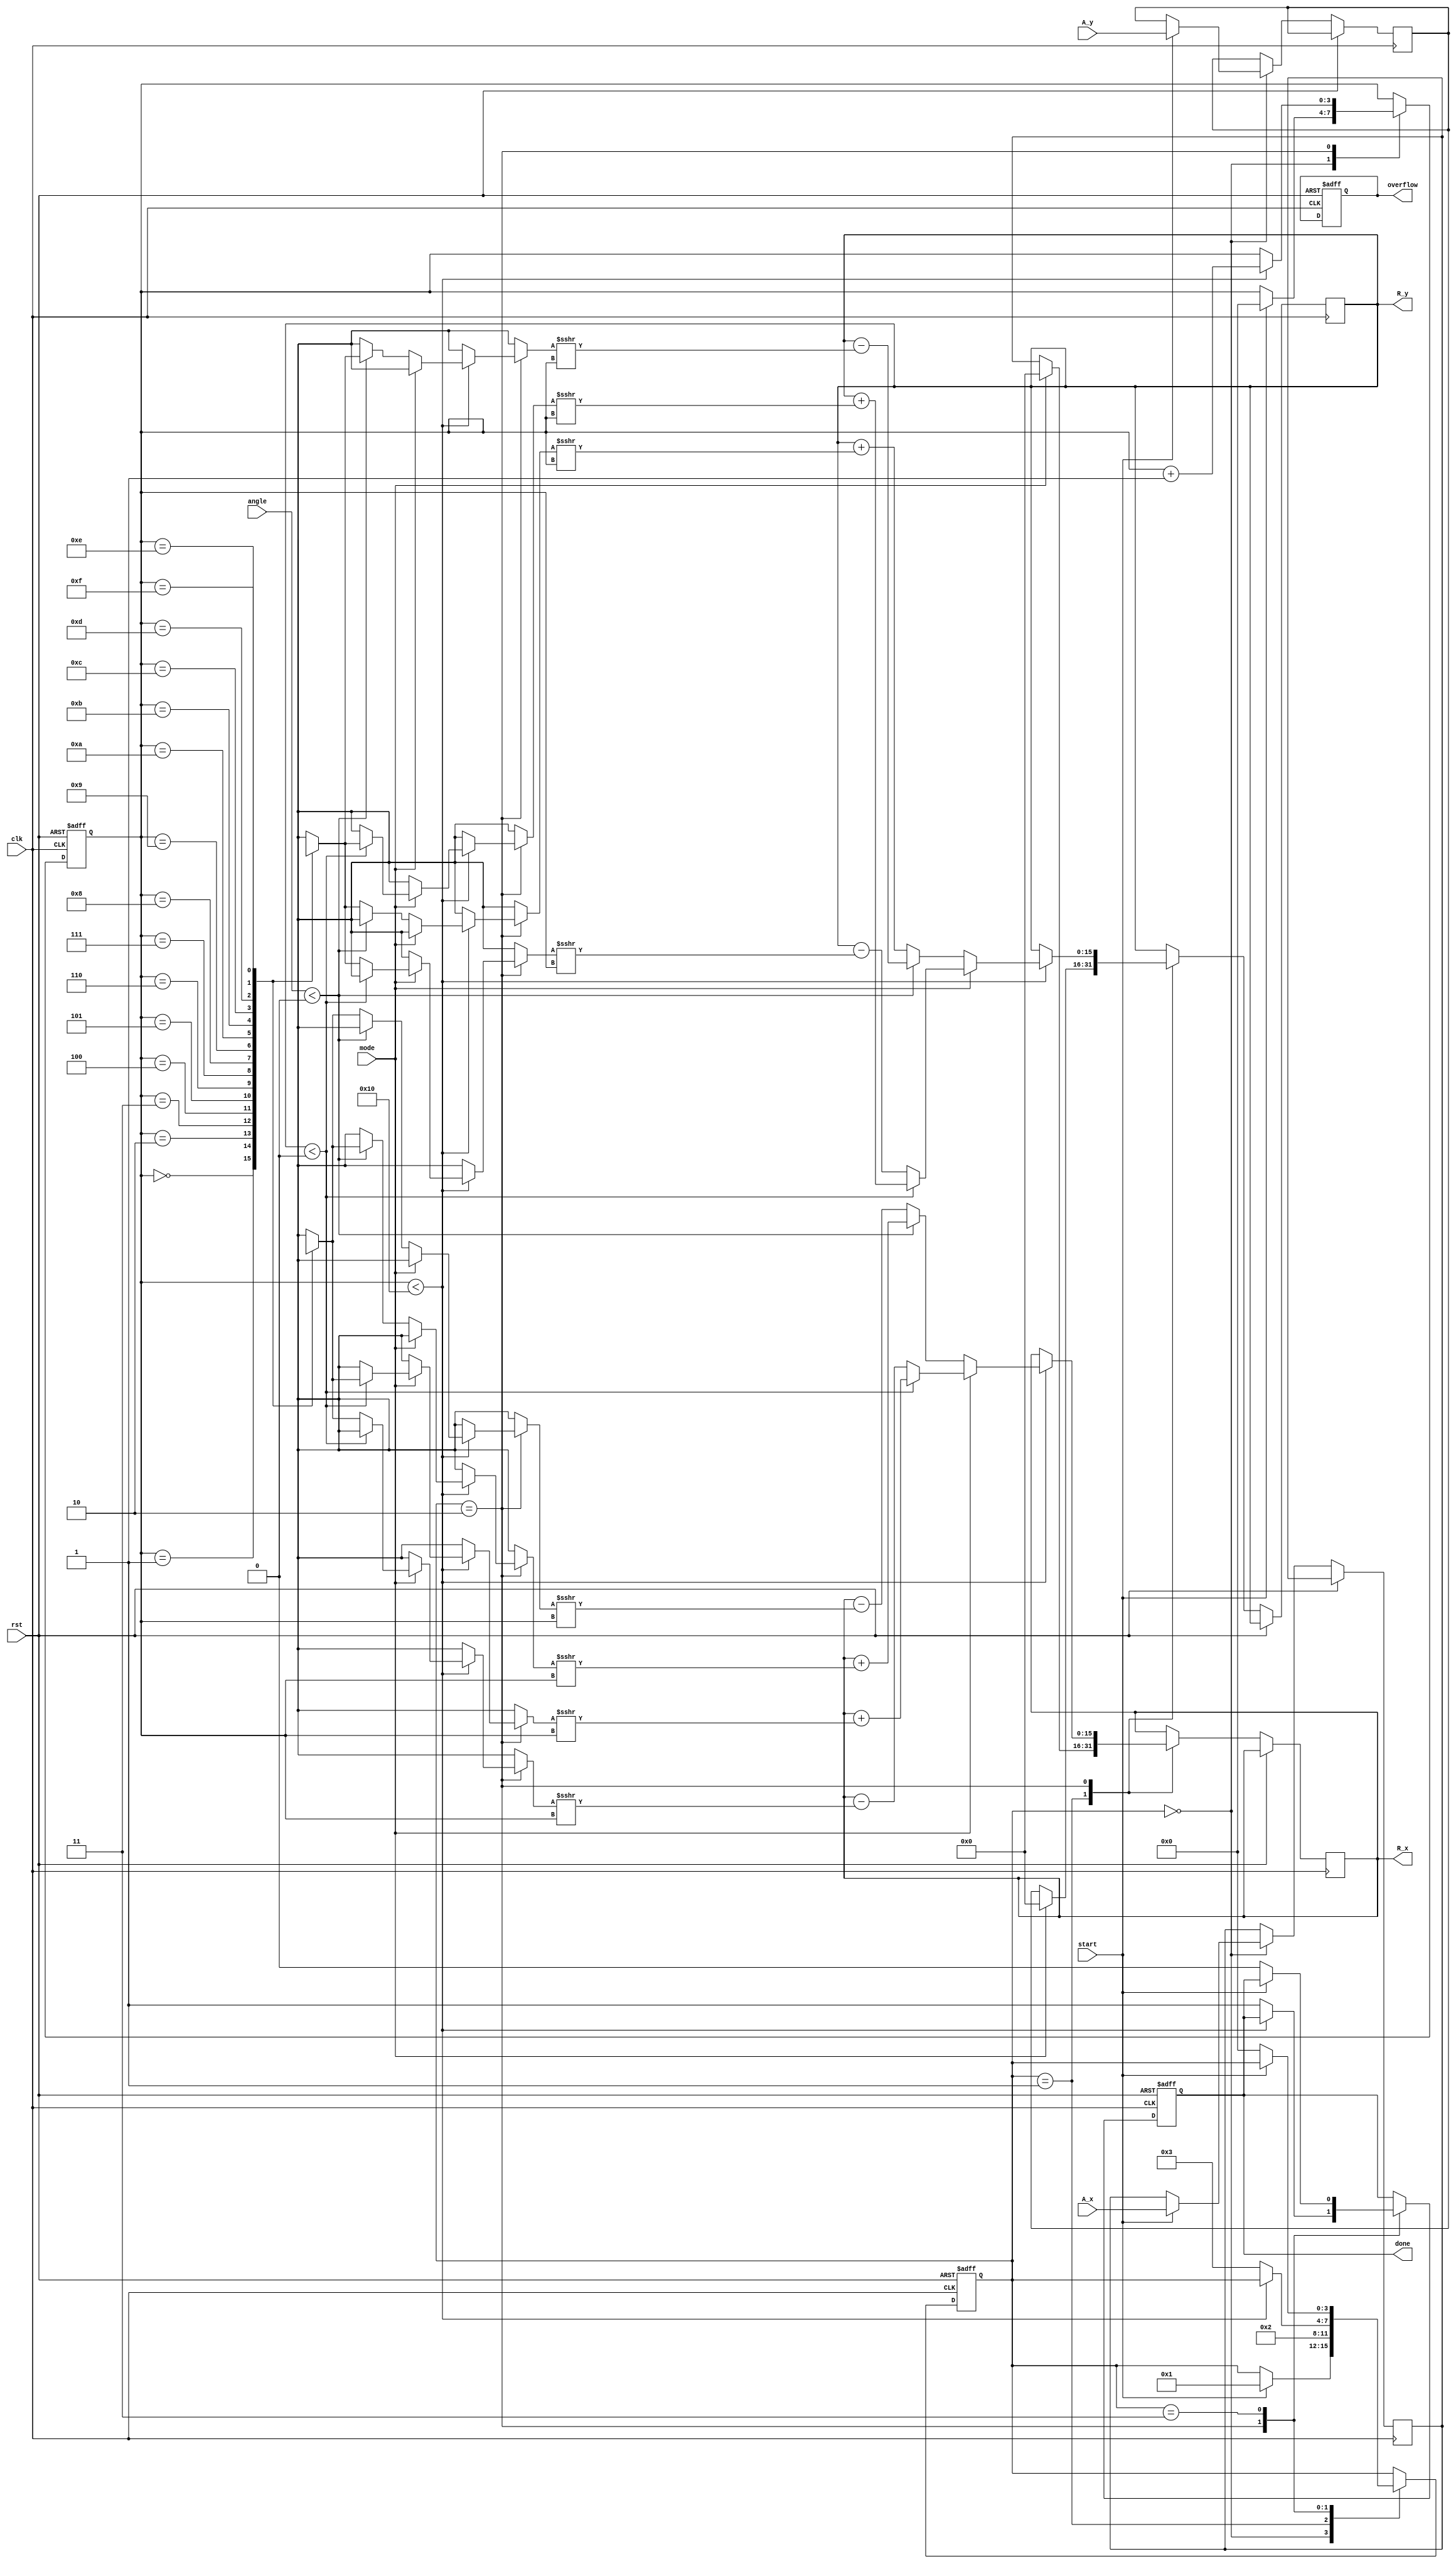
module cordic (
    input wire clk,
    input wire rst,
    input wire start,
    input wire [15:0] A_x,       // Input vector A (x-component)
    input wire [15:0] A_y,       // Input vector A (y-component)
    input wire [15:0] angle,      // Input angle 
    input wire mode,             // 0: Rotation, 1: Vectoring
    output reg [15:0] R_x,       // Resultant vector (x-component)
    output reg [15:0] R_y,       // Resultant vector (y-component)
    output reg done,             // Operation completion signal
    output reg overflow          // Overflow flag
);

    // Parameters
    parameter NUM_ITERATIONS = 16; // Number of iterations for CORDIC
    parameter FIXED_POINT_SHIFT = 16; // Fixed-point shift for scaling

    // Internal signals
    reg [15:0] x [0:NUM_ITERATIONS-1]; // x values
    reg [15:0] y [0:NUM_ITERATIONS-1]; // y values
    reg [15:0] z [0:NUM_ITERATIONS-1]; // angle values
    reg [3:0] state;                   // FSM state
    reg [3:0] iteration;               // Iteration counter

    // FSM states
    localparam IDLE = 0;
    localparam INIT = 1;
    localparam CALC = 2;
    localparam DONE = 3;

    // Angle lookup table for CORDIC
    initial begin
        z[0] = 16'h0000; // atan(2^0)
        z[1] = 16'h26DD; // atan(2^-1)
        z[2] = 16'h1C71; // atan(2^-2)
        z[3] = 16'h16C9; // atan(2^-3)
        z[4] = 16'h0DBB; // atan(2^-4)
        z[5] = 16'h0A3D; // atan(2^-5)
        z[6] = 16'h0519; // atan(2^-6)
        z[7] = 16'h028B; // atan(2^-7)
        z[8] = 16'h0142; // atan(2^-8)
        z[9] = 16'h00A1; // atan(2^-9)
        z[10] = 16'h0051; // atan(2^-10)
        z[11] = 16'h0028; // atan(2^-11)
        z[12] = 16'h0014; // atan(2^-12)
        z[13] = 16'h000A; // atan(2^-13)
        z[14] = 16'h0005; // atan(2^-14)
        z[15] = 16'h0002; // atan(2^-15)
    end

    // FSM for CORDIC operation
    always @(posedge clk or posedge rst) begin
        if (rst) begin
            state <= IDLE;
            done <= 0;
            overflow <= 0;
            iteration <= 0;
        end else begin
            case (state)
                IDLE: begin
                    if (start) begin
                        // Initialize inputs
                        x[0] <= A_x;
                        y[0] <= A_y;
                        iteration <= 0;
                        state <= INIT;
                    end
                end
                INIT: begin
                    // Set initial values for rotation or vectoring
                    if (mode == 0) begin // Rotation mode
                        R_x <= x[0];
                        R_y <= y[0];
                    end else begin // Vectoring mode
                        R_x <= 0;
                        R_y <= 0;
                    end
                    state <= CALC;
                end
                CALC: begin
                    if (iteration < NUM_ITERATIONS) begin
                        // CORDIC rotation or vectoring calculations
                        if (mode == 0) begin // Rotation
                            if (angle < 0) begin
                                R_x <= R_x + (y[iteration] >>> iteration);
                                R_y <= R_y - (x[iteration] >>> iteration);
                            end else begin
                                R_x <= R_x - (y[iteration] >>> iteration);
                                R_y <= R_y + (x[iteration] >>> iteration);
                            end
                        end else begin // Vectoring
                            if (R_y < 0) begin
                                R_x <= R_x + (y[iteration] >>> iteration);
                                R_y <= R_y + (x[iteration] >>> iteration);
                            end else begin
                                R_x <= R_x - (y[iteration] >>> iteration);
                                R_y <= R_y - (x[iteration] >>> iteration);
                            end
                        end
                        iteration <= iteration + 1;
                    end else begin
                        done <= 1;
                        state <= DONE;
                    end
                end
                DONE: begin
                    // Final state, can reset or wait for new start
                    if (!start) begin
                        state <= IDLE;
                        done <= 0;
                    end
                end
            endcase
        end
    end

endmodule